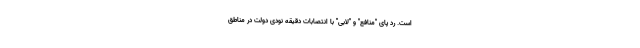
است. رد پای "منافع" و "لابی" با انتصابات دقیقه نودی دولت در مناطق